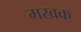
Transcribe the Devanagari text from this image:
मखक